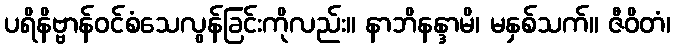
ပရိနိဗ္ဗာန်ဝင်စံသေလွန်ခြင်းကိုလည်း။ နာဘိနန္ဒာမိ၊ မနှစ်သက်။ ဇီဝိတံ၊